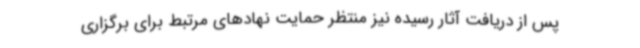
پس از دریافت آثار رسیده نیز منتظر حمایت نهادهای مرتبط برای برگزاری